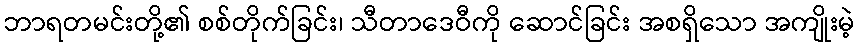
ဘာရတမင်းတို့၏ စစ်တိုက်ခြင်း၊ သီတာဒေဝီကို ဆောင်ခြင်း အစရှိသော အကျိုးမဲ့